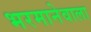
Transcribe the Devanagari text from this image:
भरमानेवाला